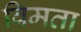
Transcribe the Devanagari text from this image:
विमता